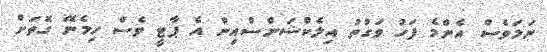
ނަމަވެސް އެންމެ ފަހު ވަގުތު އިލެކްޝަންސްއިން އެ ޕާޓީ ވެސް ހިމެނޭ ގޮތަށް